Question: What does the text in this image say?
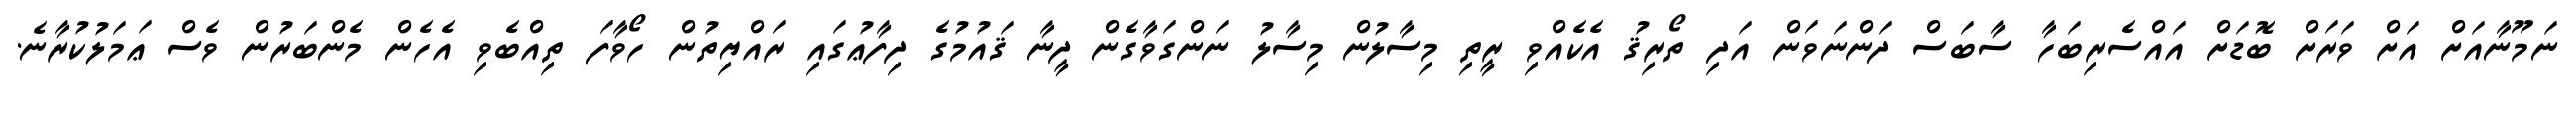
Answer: ނަމޫނާއަށް އަށް ވަރަށް ބޮޑަށް އައްސެރިބަހާ ސާބަސް ދަންނަވަން އަދި ތޯރިޤު އެކެއްވި ރީތި މިސާލުން މިސާލު ނަންގަވާގެން ދީނާ ޤައުމުގެ ދިފާޢުގައި ރައްޔިތުން ހޯވާފަ ތިއްބެވި އެހެން މެންބަރުން ވެސް ޢަމަލުކުރާނެ.